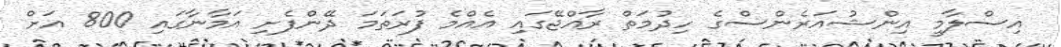
އިސްލާމީ އިންޝުއަރެންސްގެ ހިދުމަތް ރާއްޖޭގައި އެއްމެ ފުރަތަމަ ދޭންފެށި އަމާނާގައި 800 އަށް